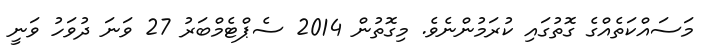
މަސައްކަތެއްގެ ގޮތުގައި ކުރަމުންނެވެ. މިގޮތުން 2014 ސެޕްޓެމްބަރު 27 ވަނަ ދުވަހު ވަނީ